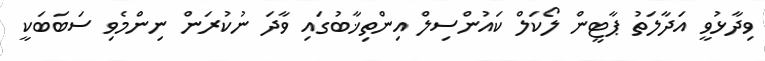
ވިދާޅުވީ އަދާލަތު ޕާޓީން ލޯކަލް ކައުންސިލް އިންތިޚާބުގައި ވާދަ ނުކުރަން ނިންމެވި ސަބަބަކީ